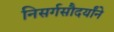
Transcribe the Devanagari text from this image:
निसर्गसौदर्यांने